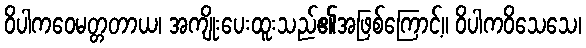
ဝိပါကဝေမတ္တတာယ၊ အကျိုးပေးထူးသည်၏အဖြစ်ကြောင့်။ ဝိပါကဝိသေသေ၊